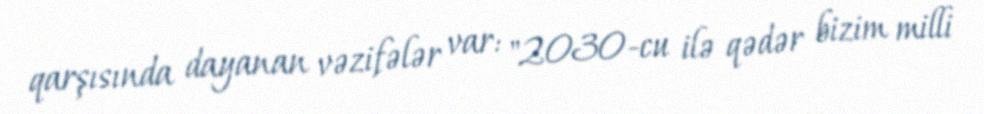
qarşısında dayanan vəzifələr var: "2030-cu ilə qədər bizim milli